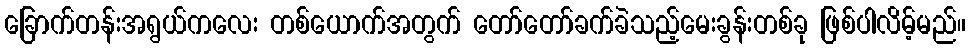
ခြောက်တန်းအရွယ်ကလေး တစ်ယောက်အတွက် တော်တော်ခက်ခဲသည့်မေးခွန်းတစ်ခု ဖြစ်ပါလိမ့်မည်။